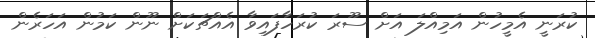
ކުރަނީ އެމީހުން އަމިއްލަ އަށް ސޫރަ ކުރަހާފައިވާ އެއްޗަކަށް ނޫން ކަމުން އަހަރެން